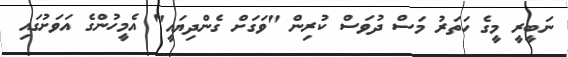
ނަބީރީ މީގެ ހަތަރު މަސް ދުވަސް ކުރިން "ވަގަށް ގެންދިޔައީ" އެމީހުންގެ އަވަށުގައި